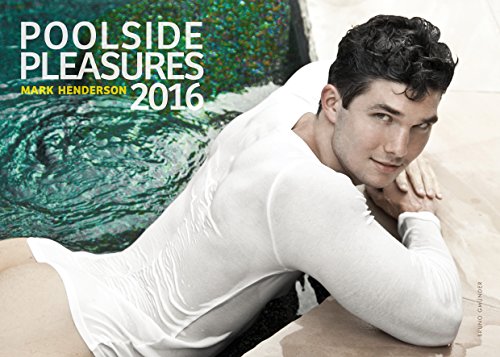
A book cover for Poolside Pleasures Calendar; Arts & Photography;